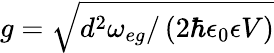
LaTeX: g=\sqrt{d^{2}\omega_{eg}/\left(2\hbar\epsilon_{0}\epsilon V\right)}